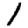
Digit: 1